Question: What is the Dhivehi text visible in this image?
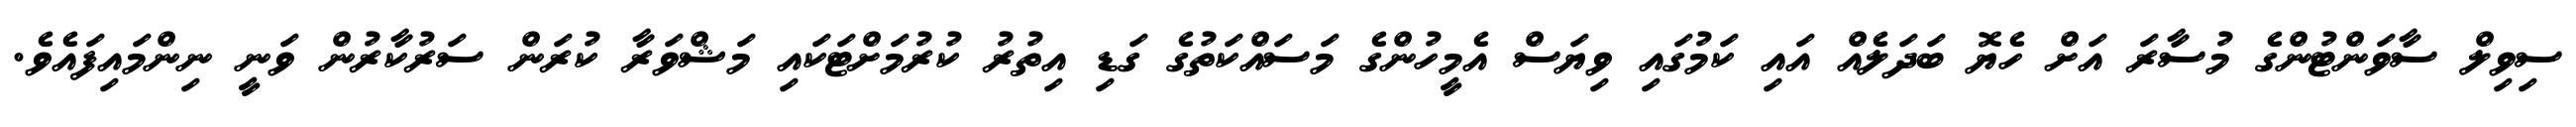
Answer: ސިވިލް ސާވަންޓުންގެ މުސާރަ އަށް ހެޔޮ ބަދަލެއް އައި ކަމުގައި ވިޔަސް އެމީހުންގެ މަސައްކަތުގެ ގަޑި އިތުރު ކުރުމަށްޓަކައި މަޝްވަރާ ކުރަން ސަރުކާރުން ވަނީ ނިންމައިފައެވެ.